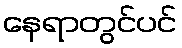
နေရာတွင်ပင်